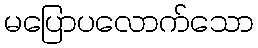
မပြောပလောက်သော